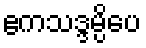
ဧကသဒ္ဒမ္ပိပေ